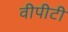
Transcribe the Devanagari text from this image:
वीपीटी